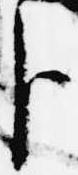
臣